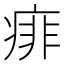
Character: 痱